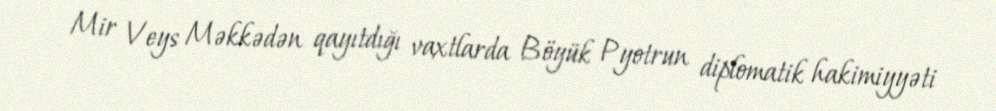
Mir Veys Məkkədən qayıtdığı vaxtlarda Böyük Pyotrun diplomatik hakimiyyəti